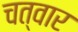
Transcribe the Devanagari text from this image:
चत्वार